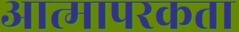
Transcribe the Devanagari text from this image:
आत्मापरकता